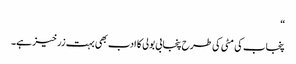
“
پنجاب کی مٹی کی طرح پنجابی بولی کا ادب بھی بہت زرخیز ہے۔